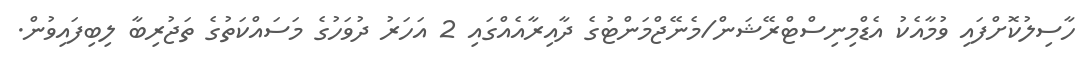
ހާސިލުކޮށްފައި ވުމާއެކު އެޑްމިނިސްޓްރޭޝަން/މެނޭޖްމަންޓުގެ ދާއިރާއެއްގައި 2 އަހަރު ދުވަހުގެ މަސައްކަތުގެ ތަޖުރިބާ ލިބިފައިވުން.